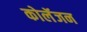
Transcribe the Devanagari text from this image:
कोलॅजन